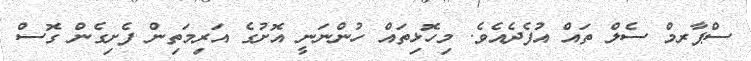
ސްޕާރމް ސެލް ތައް އުފެދެއެވެ. މިހޮޅިތައް ހުންނަނީ އޮށުގެ އަރިމަތިން ފެށިގެން ގޮސް